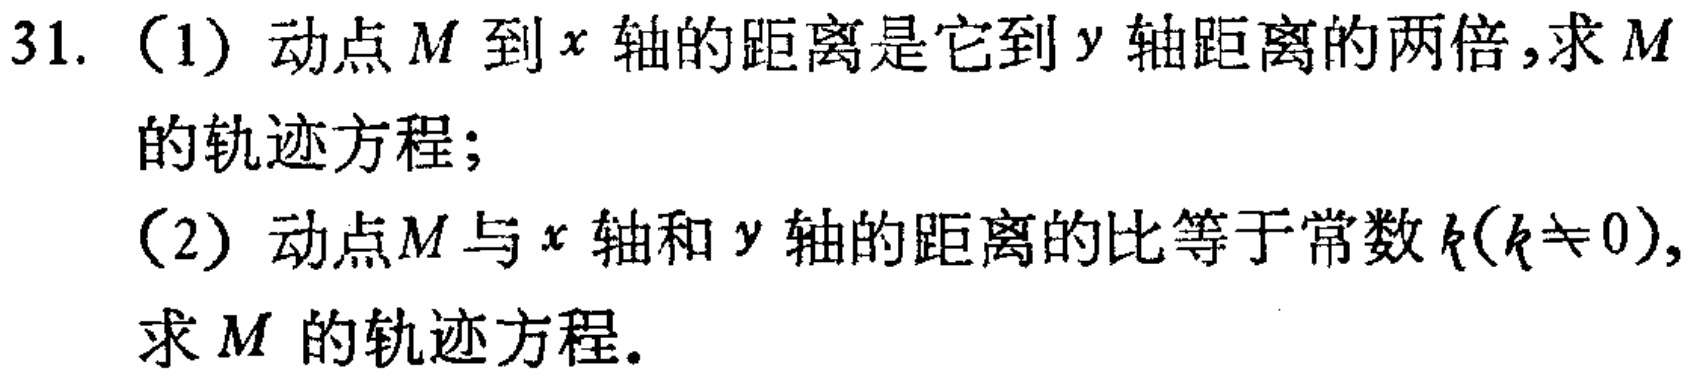
31. (1) 动点\(M\)到\(x\)轴的距离是它到\(y\)轴距离的两倍，求\(M\)的轨迹方程；
(2) 动点\(M\)与\(x\)轴和\(y\)轴的距离的比等于常数\(k(k\neq0)\)，求\(M\)的轨迹方程。